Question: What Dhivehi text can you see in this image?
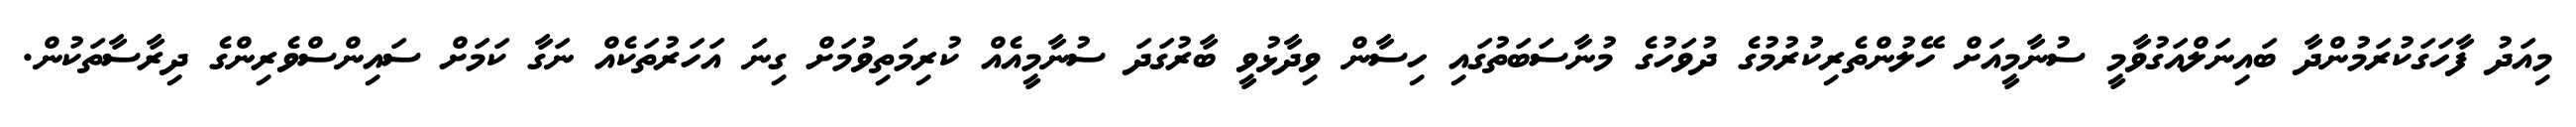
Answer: މިއަދު ފާހަގަކުރަމުންދާ ބައިނަލްއަގުވާމީ ސުނާމީއަށް ހޭލުންތެރިކުރުމުގެ ދުވަހުގެ މުނާސަބަތުގައި ހިސާން ވިދާޅުވީ ބާރުގަދަ ސުނާމީއެއް ކުރިމަތިވުމަށް ގިނަ އަހަރުތަކެއް ނަގާ ކަމަށް ސައިންސްވެރިންގެ ދިރާސާތަކުން.